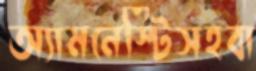
অ্যামনেস্টিসহবা